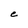
Character: e